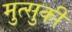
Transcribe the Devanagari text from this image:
मुत्सुकी